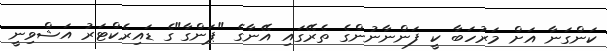
ކަންގަނާ އަށް މަރުހަބާ ކީ ފަންނާނުންގެ ތެރޭގައި އޭނާގެ "ޕަންގާ"ގެ ޑައިރެކްޓަރު އަޝްވިނީ